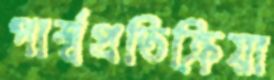
পার্শ্বপ্রতিক্রিয়া